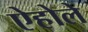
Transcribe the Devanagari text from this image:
ऐहोले